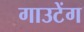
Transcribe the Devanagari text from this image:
गाउटेंग